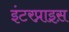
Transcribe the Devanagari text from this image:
इंटरप्राइस़